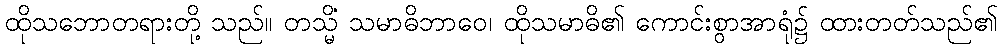
ထိုသဘောတရားတို့ သည်။ တသ္မိံ သမာဓိဘာဝေ၊ ထိုသမာဓိ၏ ကောင်းစွာအာရုံ၌ ထားတတ်သည်၏